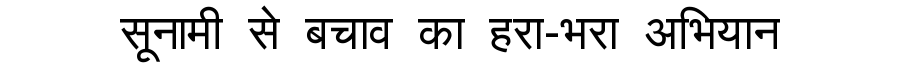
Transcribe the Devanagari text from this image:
सूनामी से बचाव का हरा-भरा अभियान